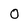
Character: O